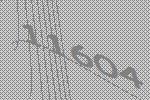
11604